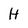
Character: H